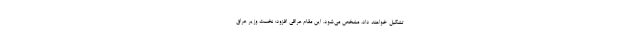
تشکیل خواهند داد، مشخص می‌شود. این مقام عراقی افزود: نخست وزیر عراق